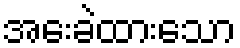
အေးခဲထားသော